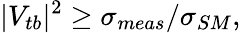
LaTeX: |V_{tb}|^{2}\ge\sigma_{meas}/\sigma_{SM},